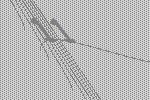
11